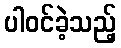
ပါဝင်ခဲ့သည့်